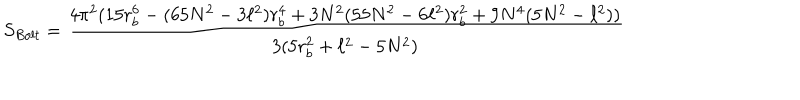
LaTeX: S _ { B o l t } = \frac { 4 \pi ^ { 2 } ( 1 5 r _ { b } ^ { 6 } - ( 6 5 N ^ { 2 } - 3 \ell ^ { 2 } ) r _ { b } ^ { 4 } + 3 N ^ { 2 } ( 5 5 N ^ { 2 } - 6 \ell ^ { 2 } ) r _ { b } ^ { 2 } + 9 N ^ { 4 } ( 5 N ^ { 2 } - \ell ^ { 2 } ) ) } { 3 ( 5 r _ { b } ^ { 2 } + \ell ^ { 2 } - 5 N ^ { 2 } ) }